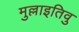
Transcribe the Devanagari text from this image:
मुल्लाइतिवु